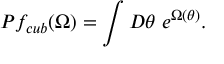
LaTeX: P f _ { c u b } ( \Omega ) = \int { \cal D } \theta \; e ^ { \Omega ( \theta ) } .